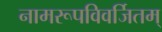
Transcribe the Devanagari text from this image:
नामरूपविवर्जितम्